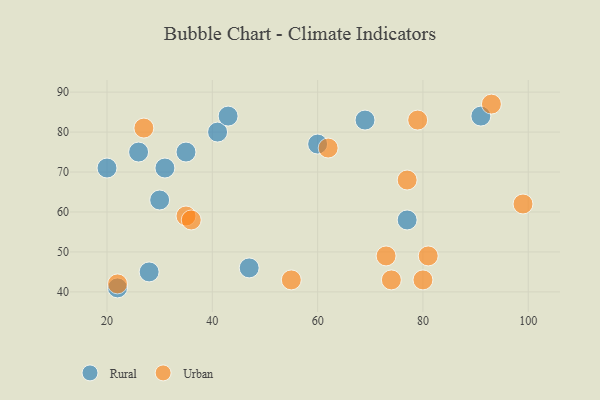
{"axis": {"x": "GDP", "y": "Life Expectancy"}, "legend": ["Rural", "Urban"], "data": [{"x": "41", "y": 80, "type": "Rural"}, {"x": "60", "y": 77, "type": "Rural"}, {"x": "30", "y": 63, "type": "Rural"}, {"x": "28", "y": 45, "type": "Rural"}, {"x": "26", "y": 75, "type": "Rural"}, {"x": "35", "y": 75, "type": "Rural"}, {"x": "91", "y": 84, "type": "Rural"}, {"x": "22", "y": 41, "type": "Rural"}, {"x": "20", "y": 71, "type": "Rural"}, {"x": "31", "y": 71, "type": "Rural"}, {"x": "43", "y": 84, "type": "Rural"}, {"x": "47", "y": 46, "type": "Rural"}, {"x": "69", "y": 83, "type": "Rural"}, {"x": "77", "y": 58, "type": "Rural"}, {"x": "22", "y": 42, "type": "Urban"}, {"x": "79", "y": 83, "type": "Urban"}, {"x": "80", "y": 43, "type": "Urban"}, {"x": "77", "y": 68, "type": "Urban"}, {"x": "93", "y": 87, "type": "Urban"}, {"x": "27", "y": 81, "type": "Urban"}, {"x": "35", "y": 59, "type": "Urban"}, {"x": "81", "y": 49, "type": "Urban"}, {"x": "73", "y": 49, "type": "Urban"}, {"x": "99", "y": 62, "type": "Urban"}, {"x": "62", "y": 76, "type": "Urban"}, {"x": "55", "y": 43, "type": "Urban"}, {"x": "36", "y": 58, "type": "Urban"}, {"x": "74", "y": 43, "type": "Urban"}]}